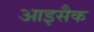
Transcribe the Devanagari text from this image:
आइसैक